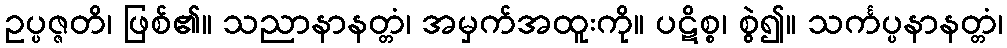
ဥပ္ပဇ္ဇတိ၊ ဖြစ်၏။ သညာနာနတ္တံ၊ အမှက်အထူးကို။ ပဋိစ္စ၊ စွဲ၍။ သင်္ကပ္ပနာနတ္တံ၊